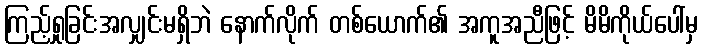
ကြည့်ရှုခြင်းအလျှင်းမရှိဘဲ နောက်လိုက် တစ်ယောက်၏ အကူအညီဖြင့် မိမိကိုယ်ပေါ်မှ